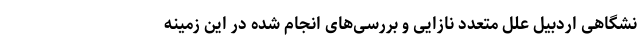
نشگاهی اردبیل علل متعدد نازایی و بررسی‌های انجام شده در این زمینه